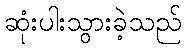
ဆုံးပါးသွားခဲ့သည်